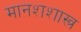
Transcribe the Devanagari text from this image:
मानशशास्त्र